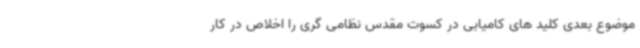
موضوع بعدی کلید های کامیابی در کسوت مقدس نظامی گری را اخلاص در کار